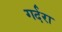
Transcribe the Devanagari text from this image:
गर्दरा